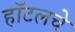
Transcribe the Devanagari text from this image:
हॉटलचे